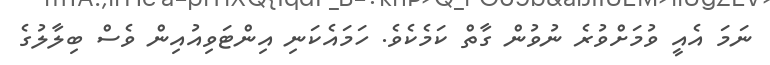
ނަމަ އެއީ ވުމަށްވުރެ ނުވުން ގާތް ކަމެކެވެ. ހަމައެކަނި އިންޓަވިއުއިން ވެސް ބިލާލުގެ